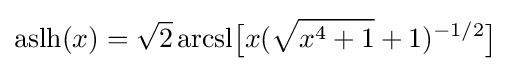
\mathrm {aslh} (x)={\sqrt {2}}\,{\text{arcsl}}{\bigl [}x({\sqrt {x^{4}+1}}+1)^{-1/2}{\bigr ]}